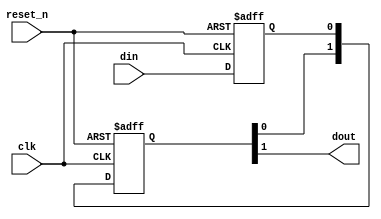
// (C) 2001-2016 Altera Corporation. All rights reserved.
// Your use of Altera Corporation's design tools, logic functions and other 
// software and tools, and its AMPP partner logic functions, and any output 
// files any of the foregoing (including device programming or simulation 
// files), and any associated documentation or information are expressly subject 
// to the terms and conditions of the Altera Program License Subscription 
// Agreement, Altera MegaCore Function License Agreement, or other applicable 
// license agreement, including, without limitation, that your use is for the 
// sole purpose of programming logic devices manufactured by Altera and sold by 
// Altera or its authorized distributors.  Please refer to the applicable 
// agreement for further details.



// START_FILE_HEADER ----------------------------------------------------------
//
//
// Description : Contains the simulation model for the altera_eth_tse_std_synchronizer
//
// Owner       : Paul Scheidt
//
// Copyright (C) Altera Corporation 2008, All Rights Reserved
//
// END_FILE_HEADER ------------------------------------------------------------

// START_MODULE_NAME-----------------------------------------------------------
//
// Module Name : altera_eth_tse_std_synchronizer
//
// Description : Single bit clock domain crossing synchronizer. 
//               Composed of two or more flip flops connected in series.
//               Random metastable condition is simulated when the 
//               __ALTERA_STD__METASTABLE_SIM macro is defined.
//               Use +define+__ALTERA_STD__METASTABLE_SIM argument 
//               on the Verilog simulator compiler command line to 
//               enable this mode. In addition, dfine the macro
//               __ALTERA_STD__METASTABLE_SIM_VERBOSE to get console output 
//               with every metastable event generated in the synchronizer.
//
// Copyright (C) Altera Corporation 2009, All Rights Reserved
// END_MODULE_NAME-------------------------------------------------------------

`timescale 1ns / 1ns

module altera_eth_tse_std_synchronizer (
                                clk, 
                                reset_n, 
                                din, 
                                dout
                                );

    // GLOBAL PARAMETER DECLARATION
    parameter depth = 3; // This value must be >= 2 !
     
  
    // INPUT PORT DECLARATION 
    input   clk;
    input   reset_n;    
    input   din;

    // OUTPUT PORT DECLARATION 
    output  dout;

    // QuartusII synthesis directives:
    //     1. Preserve all registers ie. do not touch them.
    //     2. Do not merge other flip-flops with synchronizer flip-flops.
    // QuartusII TimeQuest directives:
    //     1. Identify all flip-flops in this module as members of the synchronizer 
    //        to enable automatic metastability MTBF analysis.

    (* altera_attribute = {"-name SYNCHRONIZER_IDENTIFICATION FORCED_IF_ASYNCHRONOUS; -name DONT_MERGE_REGISTER ON; -name PRESERVE_REGISTER ON"} *) reg din_s1;

    (* altera_attribute = {"-name SYNCHRONIZER_IDENTIFICATION FORCED_IF_ASYNCHRONOUS; -name DONT_MERGE_REGISTER ON; -name PRESERVE_REGISTER ON"} *) reg [depth-2:0] dreg;    

    //synthesis translate_off
    initial begin
        if (depth <2) begin
            $display("%m: Error: synchronizer length: %0d less than 2.", depth);
        end
    end

    // the first synchronizer register is either a simple D flop for synthesis
    // and non-metastable simulation or a D flop with a method to inject random
    // metastable events resulting in random delay of [0,1] cycles

   
`ifdef __ALTERA_STD__METASTABLE_SIM

    reg[31:0]  RANDOM_SEED = 123456;      
    wire  next_din_s1;
    wire  dout;
    reg   din_last;
    reg   random;
    event metastable_event; // hook for debug monitoring

    initial begin
        $display("%m: Info: Metastable event injection simulation mode enabled");
    end
   
    always @(posedge clk) begin
        if (reset_n == 0)
            random <= $random(RANDOM_SEED);
        else
            random <= $random;
    end

    assign next_din_s1 = (din_last ^ din) ? random : din;   

    always @(posedge clk or negedge reset_n) begin
        if (reset_n == 0) 
            din_last <= 1'b0;
        else
            din_last <= din;
    end

    always @(posedge clk or negedge reset_n) begin
        if (reset_n == 0) 
            din_s1 <= 1'b0;
        else
            din_s1 <= next_din_s1;
    end
   
`else 

    //synthesis translate_on   

    always @(posedge clk or negedge reset_n) begin
        if (reset_n == 0) 
            din_s1 <= 1'b0;
        else
            din_s1 <= din;
    end

    //synthesis translate_off      

`endif


`ifdef __ALTERA_STD__METASTABLE_SIM_VERBOSE
    always @(*) begin
        if (reset_n && (din_last != din) && (random != din)) begin
            $display("%m: Verbose Info: metastable event @ time %t", $time);
            ->metastable_event;
        end
    end      
`endif

    //synthesis translate_on

    // the remaining synchronizer registers form a simple shift register
    // of length depth-1

    generate
        if (depth < 3) begin
            always @(posedge clk or negedge reset_n) begin
                if (reset_n == 0) 
                    dreg <= {depth-1{1'b0}};      
                else
                    dreg <= din_s1;
            end     
        end else begin
            always @(posedge clk or negedge reset_n) begin
                if (reset_n == 0) 
                    dreg <= {depth-1{1'b0}};
                else
                    dreg <= {dreg[depth-3:0], din_s1};
            end
        end
    endgenerate

    assign dout = dreg[depth-2];
   
endmodule  // altera_eth_tse_std_synchronizer
// END OF MODULE